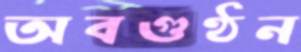
অবগুণ্ঠন